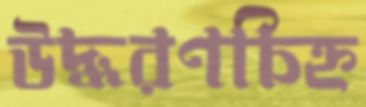
উদ্ধরণচিহ্ন